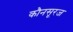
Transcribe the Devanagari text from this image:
कौनसूरज